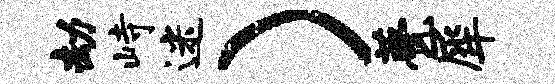
劫峙迷）甍犀